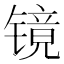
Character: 镜